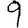
Digit: 9